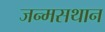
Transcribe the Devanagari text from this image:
जन्मसथान